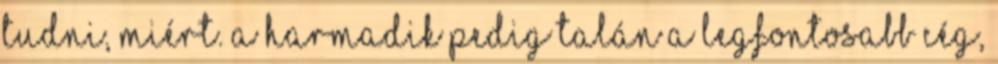
tudni, miért. A harmadik pedig talán a legfontosabb cég,